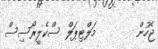
ޖެހުން        މަލްޓިޕަލް ސްކެލީރޯސިސް